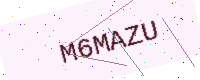
Text: M6MAZU